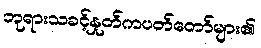
ဘုရားသခင့်နှုတ်ကပတ်တော်များ၏